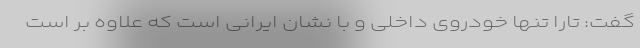
گفت:‌ تارا تنها خودروی داخلی و با نشان ایرانی است که علاوه بر است